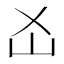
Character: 𡴷